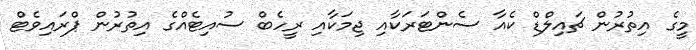
މީގެ އިތުރުން ޗައިލްޑް ކެއާ ސެންޓަރަކާއި ޖިމަކާއި ރީހެބް ސުއިޓެއްގެ އިތުރުން ޕްރައިވެޓް